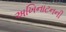
અખિનાટનની